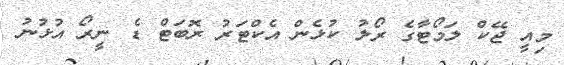
މިއީ ޖޭކް ލަމޯޓާގެ ރޯލު ކުޅެން އެކްޓަރު ރޮބަޓް ޑެ ނީރޯ އުޅުނު